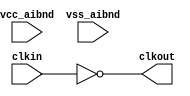
// This program was cloned from: https://github.com/chipsalliance/aib-phy-hardware
// License: Apache License 2.0

// SPDX-License-Identifier: Apache-2.0
// Copyright (C) 2019 Intel Corporation. 
// Library - aibnd_lib, Cell - aibnd_str_preclkbuf, View - schematic
// LAST TIME SAVED: Mar 25 07:54:22 2015
// NETLIST TIME: May 12 17:53:10 2015
// `timescale 1ns / 1ns 

module aibnd_str_preclkbuf ( clkout, clkin, vcc_aibnd, vss_aibnd );

output  clkout;

input  clkin, vcc_aibnd, vss_aibnd;

wire clkin, clkout; // Conversion Sript Generated


// specify 
//     specparam CDS_LIBNAME  = "aibnd_lib";
//     specparam CDS_CELLNAME = "aibnd_str_preclkbuf";
//     specparam CDS_VIEWNAME = "schematic";
// endspecify

assign clkout = !clkin;

endmodule